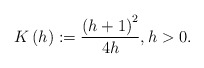
\begin{align*}K\left( h\right) :=\frac{\left( h+1\right) ^{2}}{4h},h>0. \end{align*}